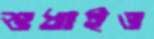
শুধাইও